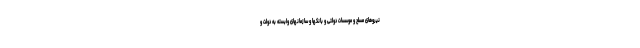
نیروهای مسلح و موسسات دولتی و بانکها و سازمانهای وابسته به دولت و